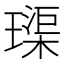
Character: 璖